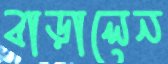
বাড়ালেন